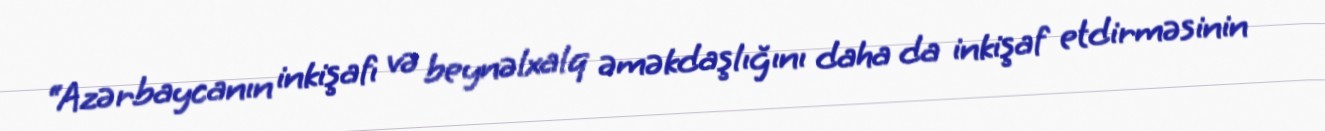
“Azərbaycanın inkişafı və beynəlxalq əməkdaşlığını daha da inkişaf etdirməsinin